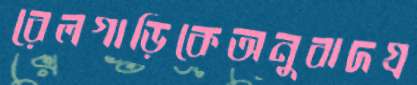
রেলগাড়িকেঅনুবাদগ্র